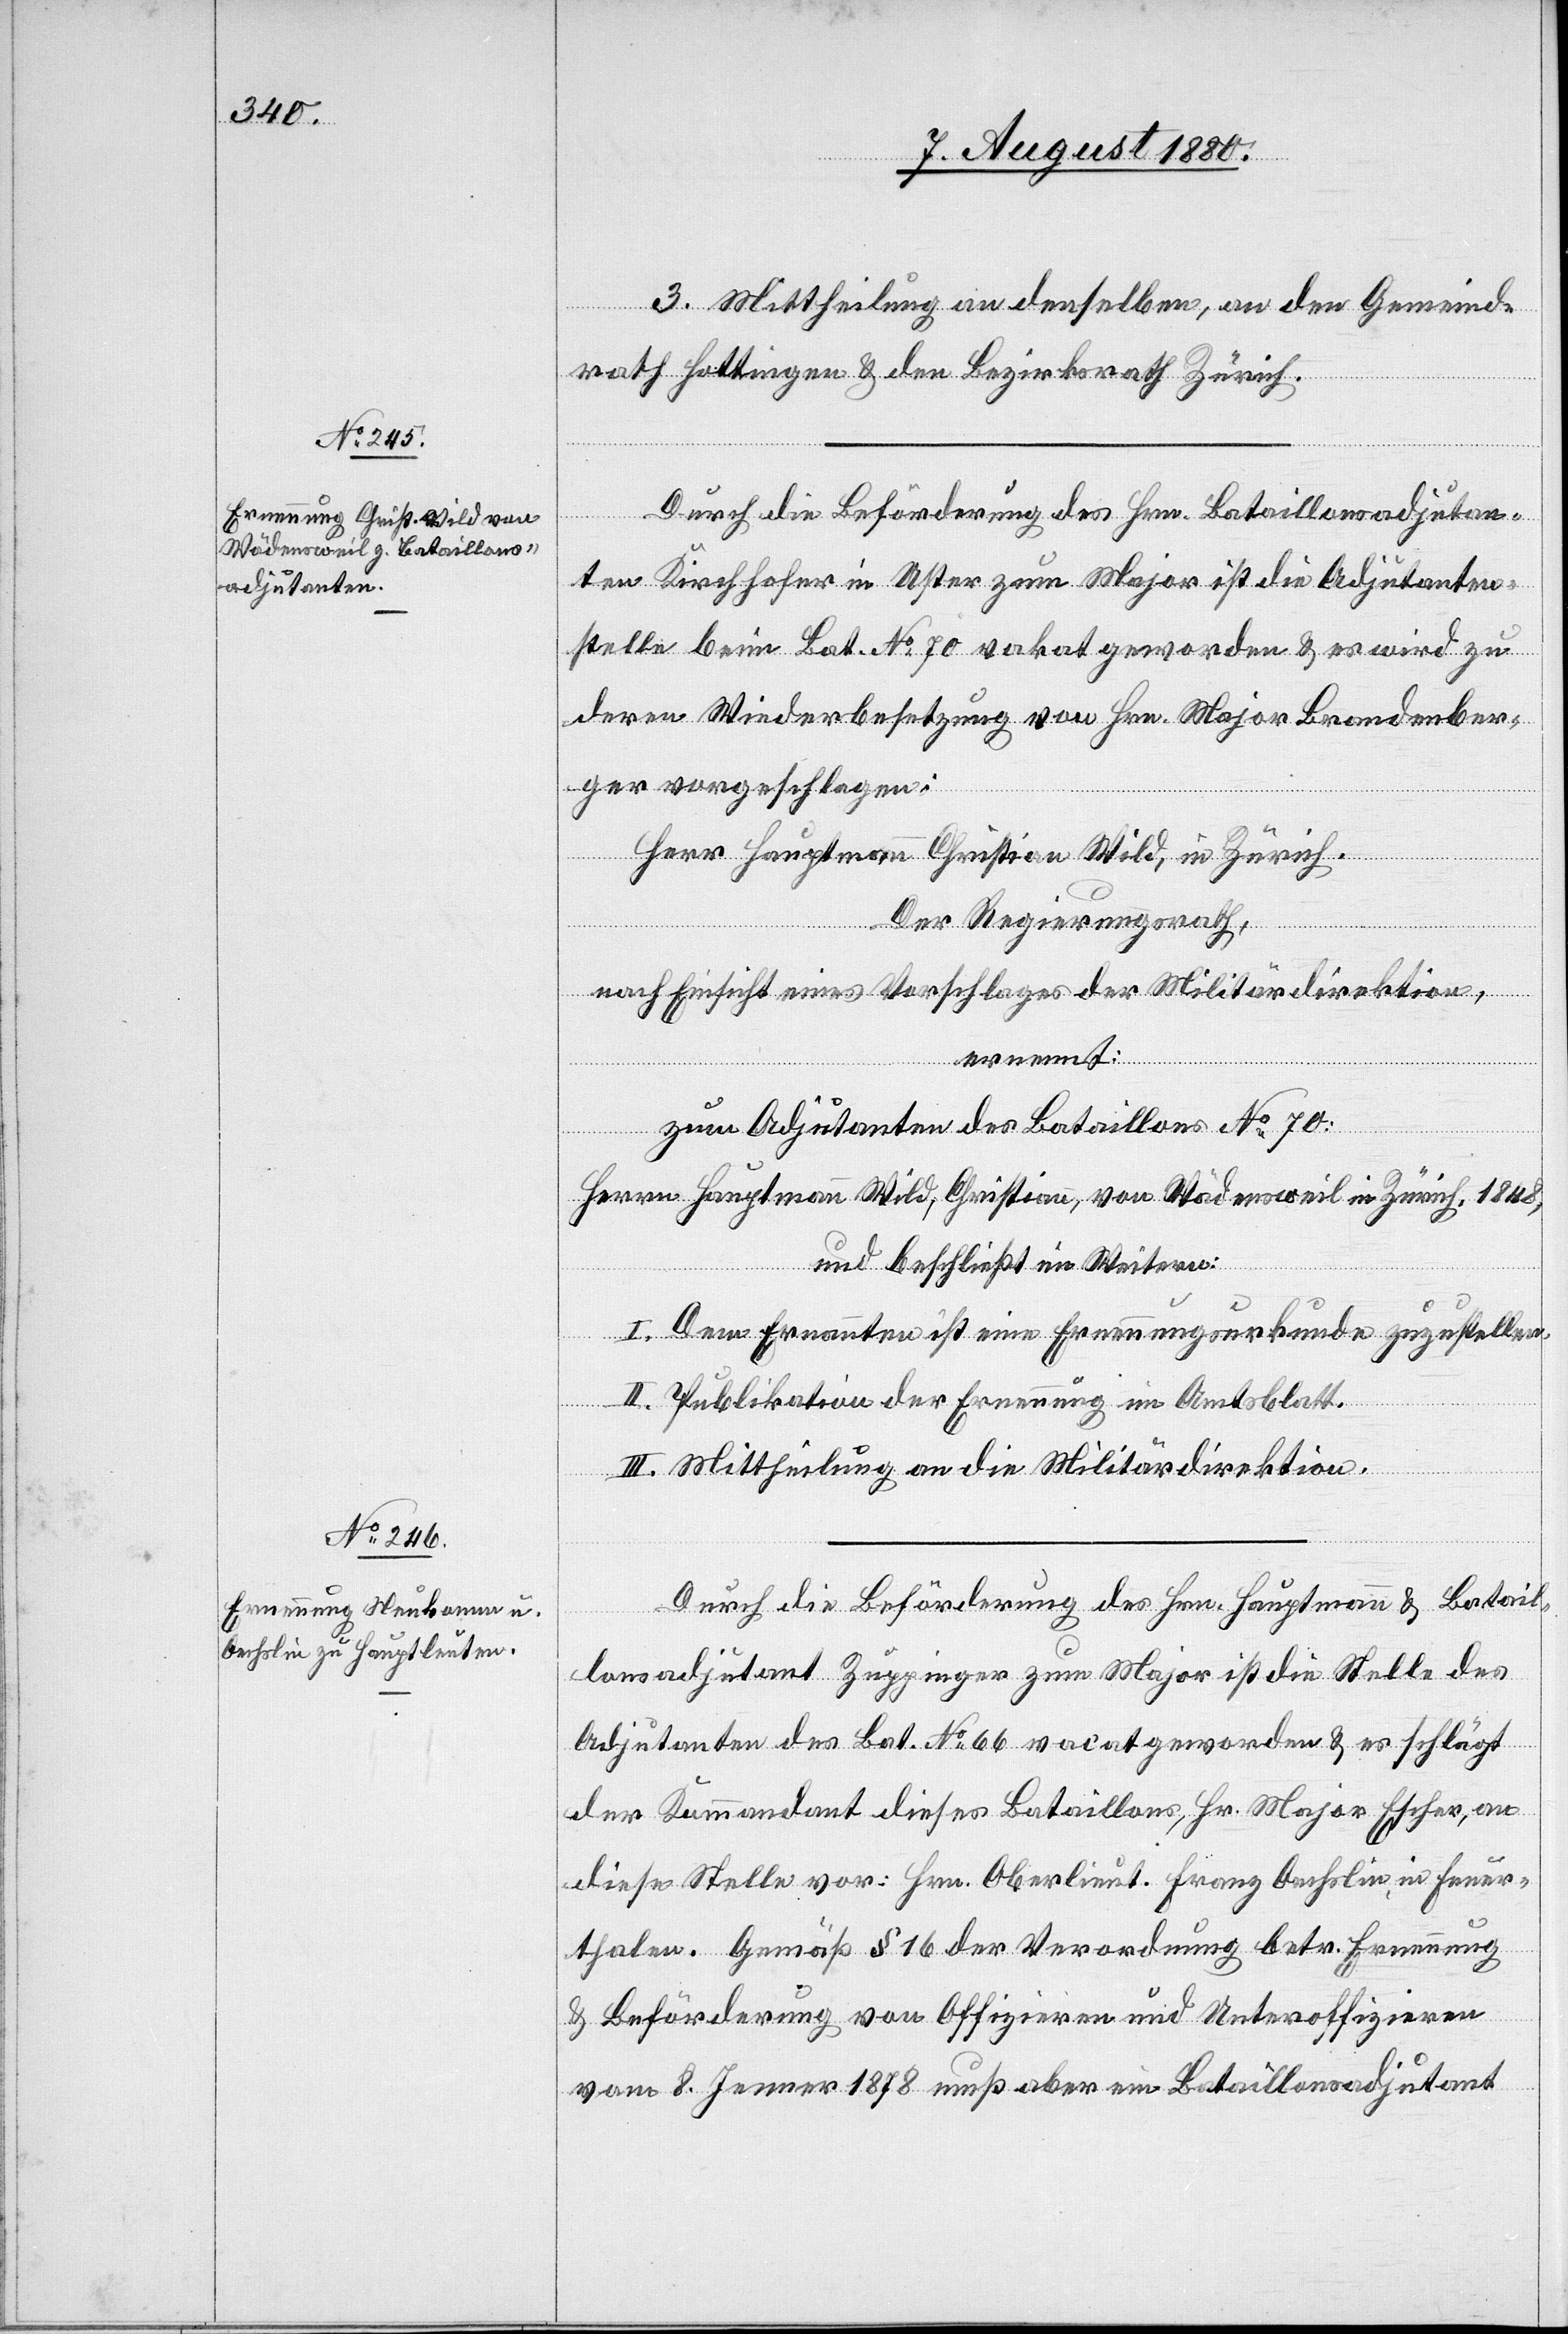
3. Mittheilung an denselben, an den Gemeind¬
rath Hottingen & den Bezirksrath Zürich.
Durch die Beförderung des Hrn. Bataillonsadjutan¬
ten Kirchhofer in Uster zum Major ist die Adjutanten¬
stelle beim Bat. No 70 vakant geworden & es wird zu
deren Wiederbesetzung von Hrn. Major Brandenber¬
ger vorgeschlagen:
Herr Hauptmann Christian Wild, in Zürich.
Der Regierungsrath,
nach Einsicht eines Vorschlages der Militärdirektion,
ernennt:
zum Adjutanten des Bataillon No 70:
Herrn Hauptmann Wild, Christian, von Wädensweil in Zürich, 1848,
und beschließt im Weitern:
I. Dem Ernannten ist eine Ernennungsurkunde zuzustellen.
II. Publikation der Ernennung im Amtsblatt.
III. Mittheilung an die Militärdirektion.
Durch die Beförderung des Hrn. Hauptmann & Batail¬
lonsadjutant Zuppinger zum Major ist die Stelle des
Adjutanten des Bat. No 66 vacat geworden & es schlägt
der Kommandant dieses Bataillons, Hr. Major Escher, an
diese Stelle vor: Hrn. Oberlieut. Franz Oechslin, in Feuer¬
thalen. Gemäß § 16 der Verordnung betr. Ernennung
& Beförderung von Offizieren und Unteroffizieren
vom 8. Jenner 1878 muß aber ein Bataillonsadjutant